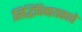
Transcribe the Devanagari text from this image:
सिद्धिविनायकाचे